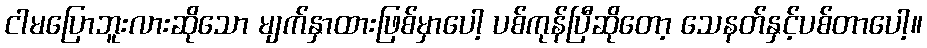
ငါမပြောဘူးလားဆိုသော မျက်နှာထားဖြစ်မှာပေါ့ ပစ်ကုန်ပြီဆိုတော့ သေနတ်နှင့်ပစ်တာပေါ့။